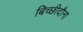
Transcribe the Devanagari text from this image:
बिच्छीदौना